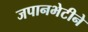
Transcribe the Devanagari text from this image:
जपानभेटीने